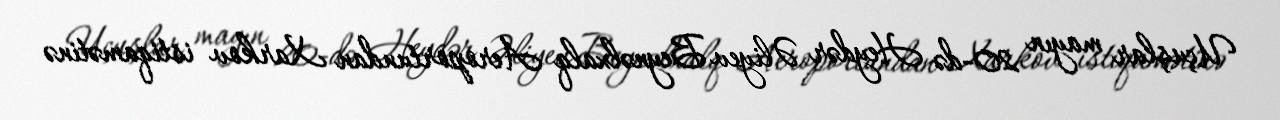
Uçuşlar mayın 20-də Heydər Əliyev Beynəlxalq Aeroportundan Xarkov istiqamətinə